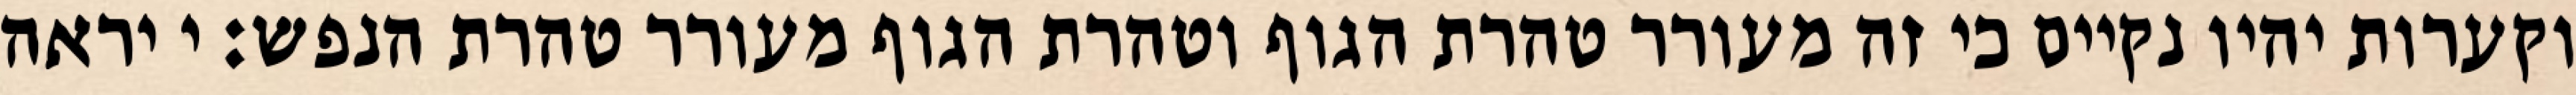
וקערות יהיו נקיים כי זה מעורר טהרת הגוף וטהרת הגוף מעורר טהרת הנפש: י יראה